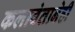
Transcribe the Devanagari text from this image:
कलावंतानेही